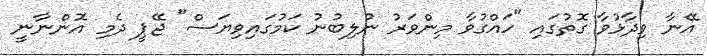
އޭނާ ވިދާޅުވާ ގޮތުގައި "ހައްގުވާ މިންވަރު ނުލިބުނު ކަމުގައިވިޔަސް" ޖޭޕީ ދެމި އޮންނާނީ